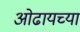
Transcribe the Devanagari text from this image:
ओढायच्या